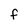
Character: F